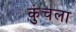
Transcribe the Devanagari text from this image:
कुंचला